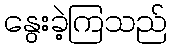
နွေးခဲ့ကြသည်